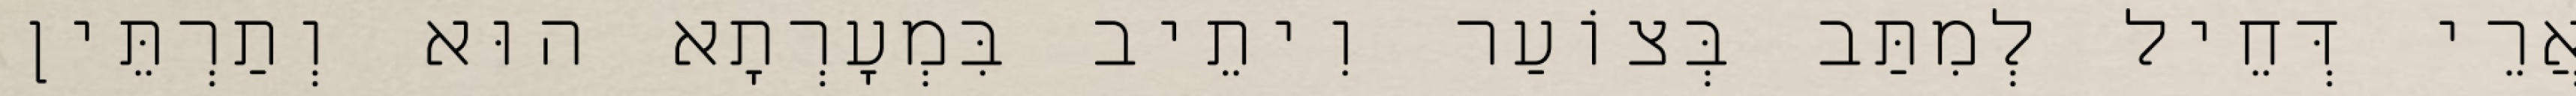
אֲרֵי דְּחֵיל לְמִתַּב בְּצוֹעַר וִיתֵיב בִּמְעָרְתָא הוּא וְתַרְתֵּין